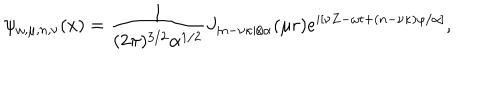
\psi _ { \omega , \mu , n , \nu } ( x ) = \frac { 1 } { ( 2 \pi ) ^ { 3 / 2 } \alpha ^ { 1 / 2 } } J _ { | n - \nu \kappa | / \alpha } ( \mu r ) e ^ { i [ \nu Z - \omega t + ( n - \nu \kappa ) \varphi / \alpha ] } ,